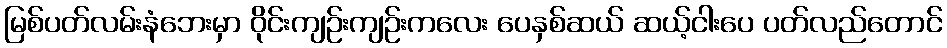
မြစ်ပတ်လမ်းနံဘေးမှာ ဝိုင်းကျဉ်းကျဉ်းကလေး ပေနှစ်ဆယ် ဆယ့်ငါးပေ ပတ်လည်တောင်